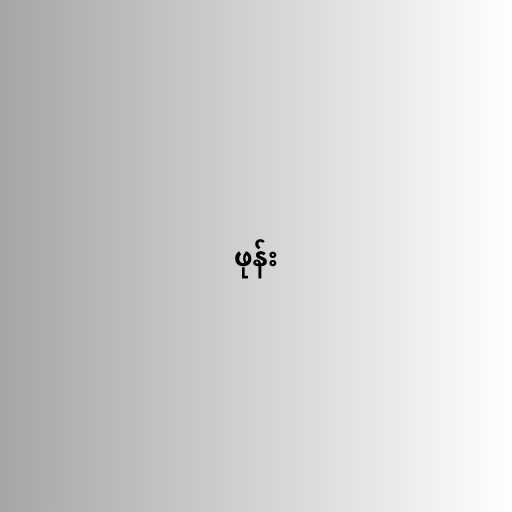
ဖုန်း